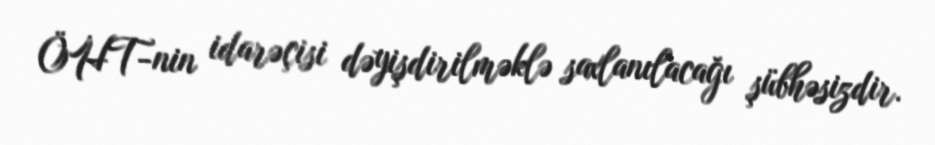
ÖHT-nin idarəçisi dəyişdirilməklə saxlanılacağı şübhəsizdir.